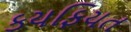
કયફિયત